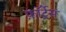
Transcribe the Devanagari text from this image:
फ़ॉर्ट्रेस